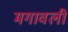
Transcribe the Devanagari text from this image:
मगावली